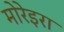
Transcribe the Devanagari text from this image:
मोरेइरा